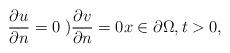
LaTeX: \begin{align*}\frac{\partial u}{\partial{n}} = 0 \;) \frac{\partial v}{\partial{n}}=0 x\in \partial\Omega, t>0,\end{align*}